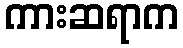
ကားဆရာက